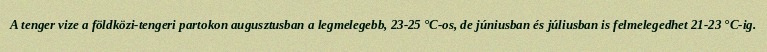
A tenger vize a földközi-tengeri partokon augusztusban a legmelegebb, 23-25 °C-os, de júniusban és júliusban is felmelegedhet 21-23 °C-ig.